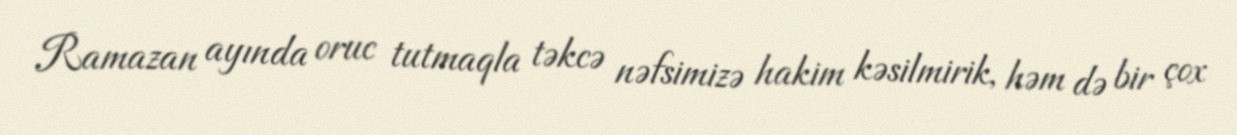
Ramazan ayında oruc tutmaqla təkcə nəfsimizə hakim kəsilmirik, həm də bir çox